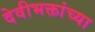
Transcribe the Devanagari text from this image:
देवीभक्तांच्या